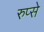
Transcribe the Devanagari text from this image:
रुप्से